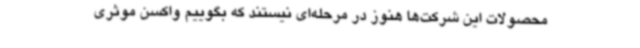
محصولات این شرکت‌ها هنوز در مرحله‌ای نیستند که بگوییم واکسن موثری